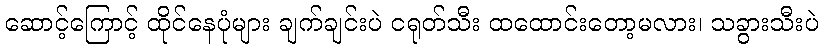
ဆောင့်ကြောင့် ထိုင်နေပုံများ ချက်ချင်းပဲ ငရုတ်သီး ထထောင်းတော့မလား၊ သခွားသီးပဲ